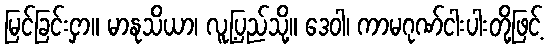
မြင်ခြင်းငှာ။ မာနုသိယာ၊ လူ့ပြည်သို့။ ဒေဝါ၊ ကာမဂုဏ်ငါးပါးတို့ဖြင့်